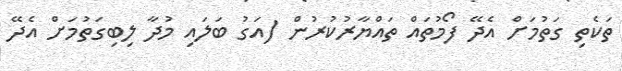
ތަކެތި ގަތުމަށް އެދޭ ފޯމުތައް ތައްޔާރުކުރުން (އަގު ބަލައި މުދާ ލިބިގަތުމަށް އެދޭ